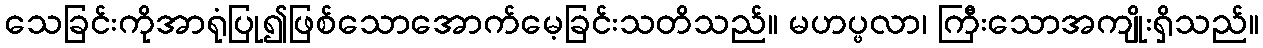
သေခြင်းကိုအာရုံပြု၍ဖြစ်သောအောက်မေ့ခြင်းသတိသည်။ မဟပ္ဖလာ၊ ကြီးသောအကျိုးရှိသည်။